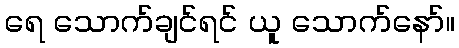
ရေ သောက်ချင်ရင် ယူ သောက်နော်။